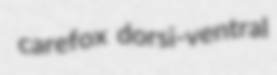
carefox dorsi-ventral